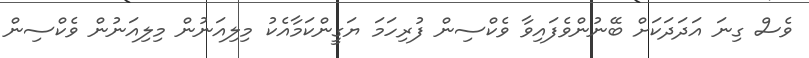
ވެސް ގިނަ އަދަދަކަށް ބޭނުންވެފައިވާ ވެކްސިން ފުރިހަމަ ޔަގީންކަމާއެކު މިލިއަނުން މިލިއަނުން ވެކްސިން